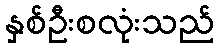
နှစ်ဦးစလုံးသည်